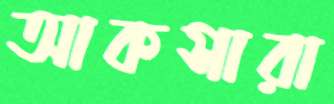
আকসারা